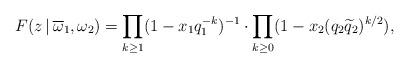
LaTeX: \begin{align*} F(z\,|\,\overline\omega_1,\omega_2)=\prod_{k\geq 1} (1-x_1 q_1^{-k})^{-1}\cdot \prod_{k\geq 0} (1-x_2 (q_2 \widetilde{q}_2)^{k/2}),\end{align*}